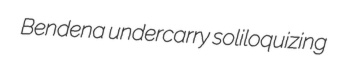
Bendena undercarry soliloquizing